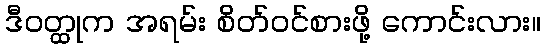
ဒီဝတ္ထုက အရမ်း စိတ်ဝင်စားဖို့ ကောင်းလား။